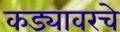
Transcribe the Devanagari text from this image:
कड्यावरचे